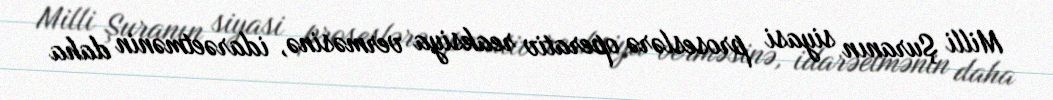
Milli Şuranın siyasi proseslərə operativ reaksiya verməsinə, idarəetmənin daha